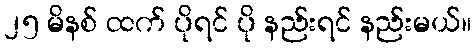
၂၅ မိနစ် ထက် ပိုရင် ပို နည်းရင် နည်းမယ်။